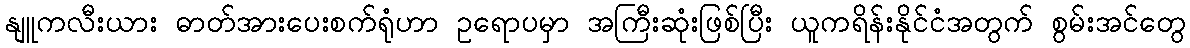
နျူကလီးယား ဓာတ်အားပေးစက်ရုံဟာ ဥရောပမှာ အကြီးဆုံးဖြစ်ပြီး ယူကရိန်းနိုင်ငံအတွက် စွမ်းအင်တွေ